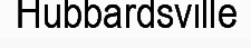
Hubbardsville